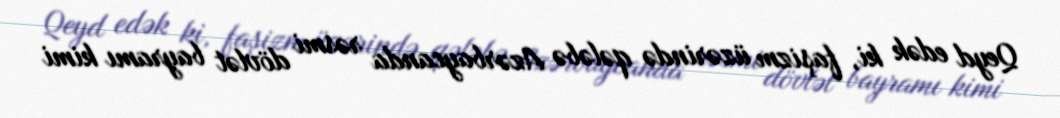
Qeyd edək ki, faşizm üzərində qələbə Azərbaycanda rəsmi dövlət bayramı kimi